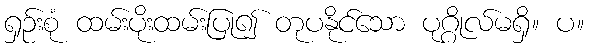
ရှဉ်းစုံ ထမ်းပိုးထမ်းပြု၍ တုပနိုင်သော ပုဂ္ဂိုလ်မရှိ။ ပ။